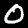
Digit: 0